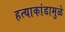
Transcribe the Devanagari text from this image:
हत्याकांडामुळे